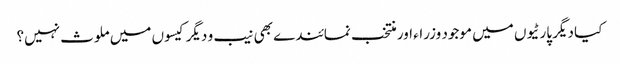
کیا دیگر پارٹیوں میں موجود وزراء اور منتخب نمائندے بھی نیب و دیگر کیسوں میں ملوث نہیں؟